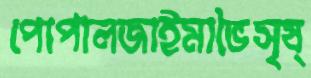
পোপালজাইমাভৈসৃষ্